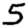
Digit: 5